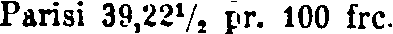
Parisi 39,22½ pr. 100 frc.